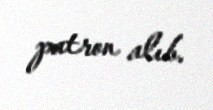
patron alıb.